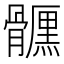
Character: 𩪪